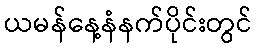
ယမန်နေ့နံနက်ပိုင်းတွင်